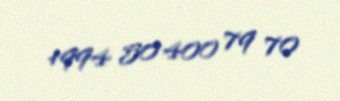
+994 50 400 79 70